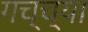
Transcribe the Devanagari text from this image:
गच्च्या